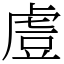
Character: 䖒